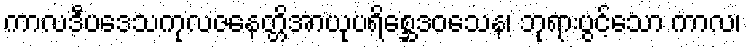
ကာလဒီပဒေသကုလဇနေတ္တိအာယုပရိစ္ဆေဒဝသေန၊ ဘုရားပွင့်သော ကာလ၊